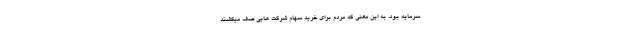
سرمایه بود. به این معنی که مردم برای خرید سهام شرکت هایی صف میکشند